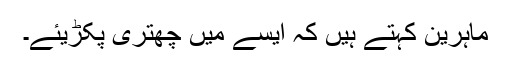
ماہرین کہتے ہیں کہ ایسے میں چھتری پکڑیئے۔